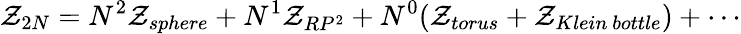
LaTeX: {\cal Z}_{2N}=N^{2}{\cal Z}_{sphere}+N^{1}{\cal Z}_{RP^{2}}+N^{0}({\cal Z}_{torus}+{\cal Z}_{Klein\ bottle})+\cdots